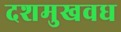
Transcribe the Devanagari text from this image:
दशमुखवध